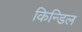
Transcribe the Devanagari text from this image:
किन्डिल